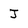
Character: J